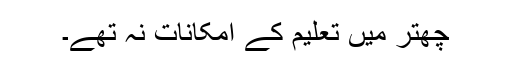
چھتر میں تعلیم کے امکانات نہ تھے۔